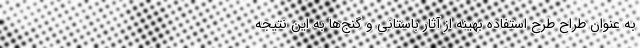
به عنوان طراح طرح استفاده بهینه از آثار باستانی و گنج‌ها به این نتیجه